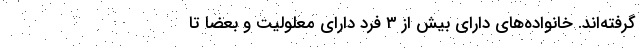
گرفته‌اند. خانواده‌های دارای بیش از ۳ فرد دارای معلولیت و بعضا تا